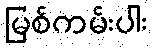
မြစ်ကမ်းပါး